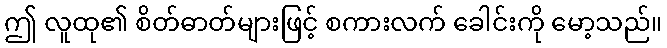
ဤ လူထု၏ စိတ်ဓာတ်များဖြင့် စကားလက် ခေါင်းကို မော့သည်။